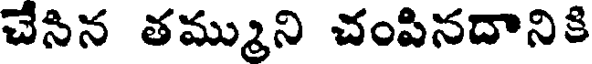
చేసిన తమ్ముని చంపినదానికి